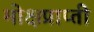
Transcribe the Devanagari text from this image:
मोक्षप्राप्‍ती